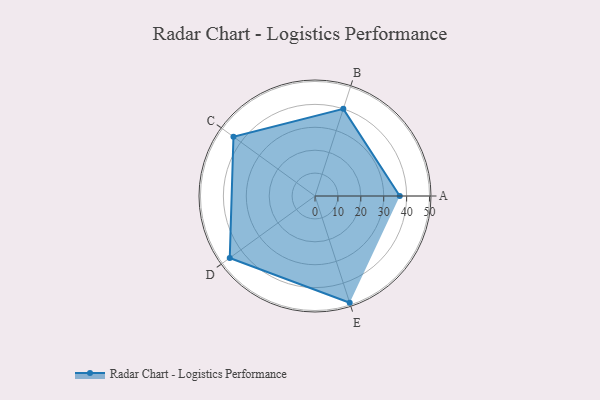
{"axis": {"x": "Skill", "y": "Score"}, "legend": ["Profile"], "data": [{"x": "A", "y": 37.0, "type": "Profile"}, {"x": "B", "y": 40.0, "type": "Profile"}, {"x": "C", "y": 44.0, "type": "Profile"}, {"x": "D", "y": 46.0, "type": "Profile"}, {"x": "E", "y": 49.0, "type": "Profile"}]}